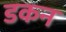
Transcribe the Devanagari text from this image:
डकन